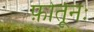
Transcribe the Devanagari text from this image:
फ़ोर्तूनः